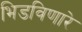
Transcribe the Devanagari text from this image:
भिडविणारे